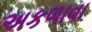
અકળાવા